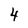
Character: 4